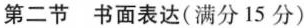
第二节 书面表达（满分15分）